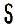
S